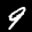
Label: 9